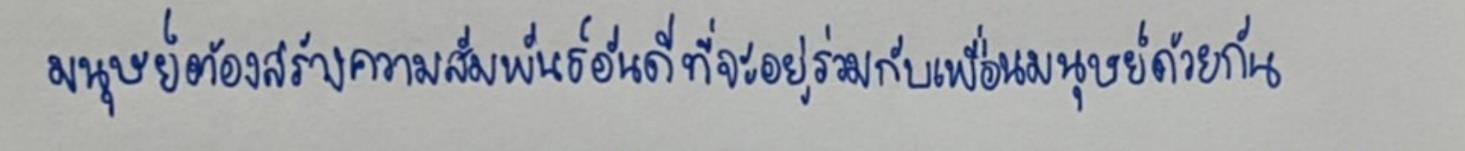
มนุษย์ต้องสร้างความสัมพันธ์อันดีที่จะอยู่ร่วมกับเพื่อนมนุษย์ด้วยกัน